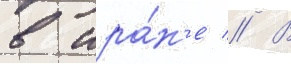
в ира́н'е // В